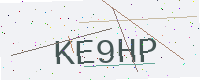
Text: KE9HP